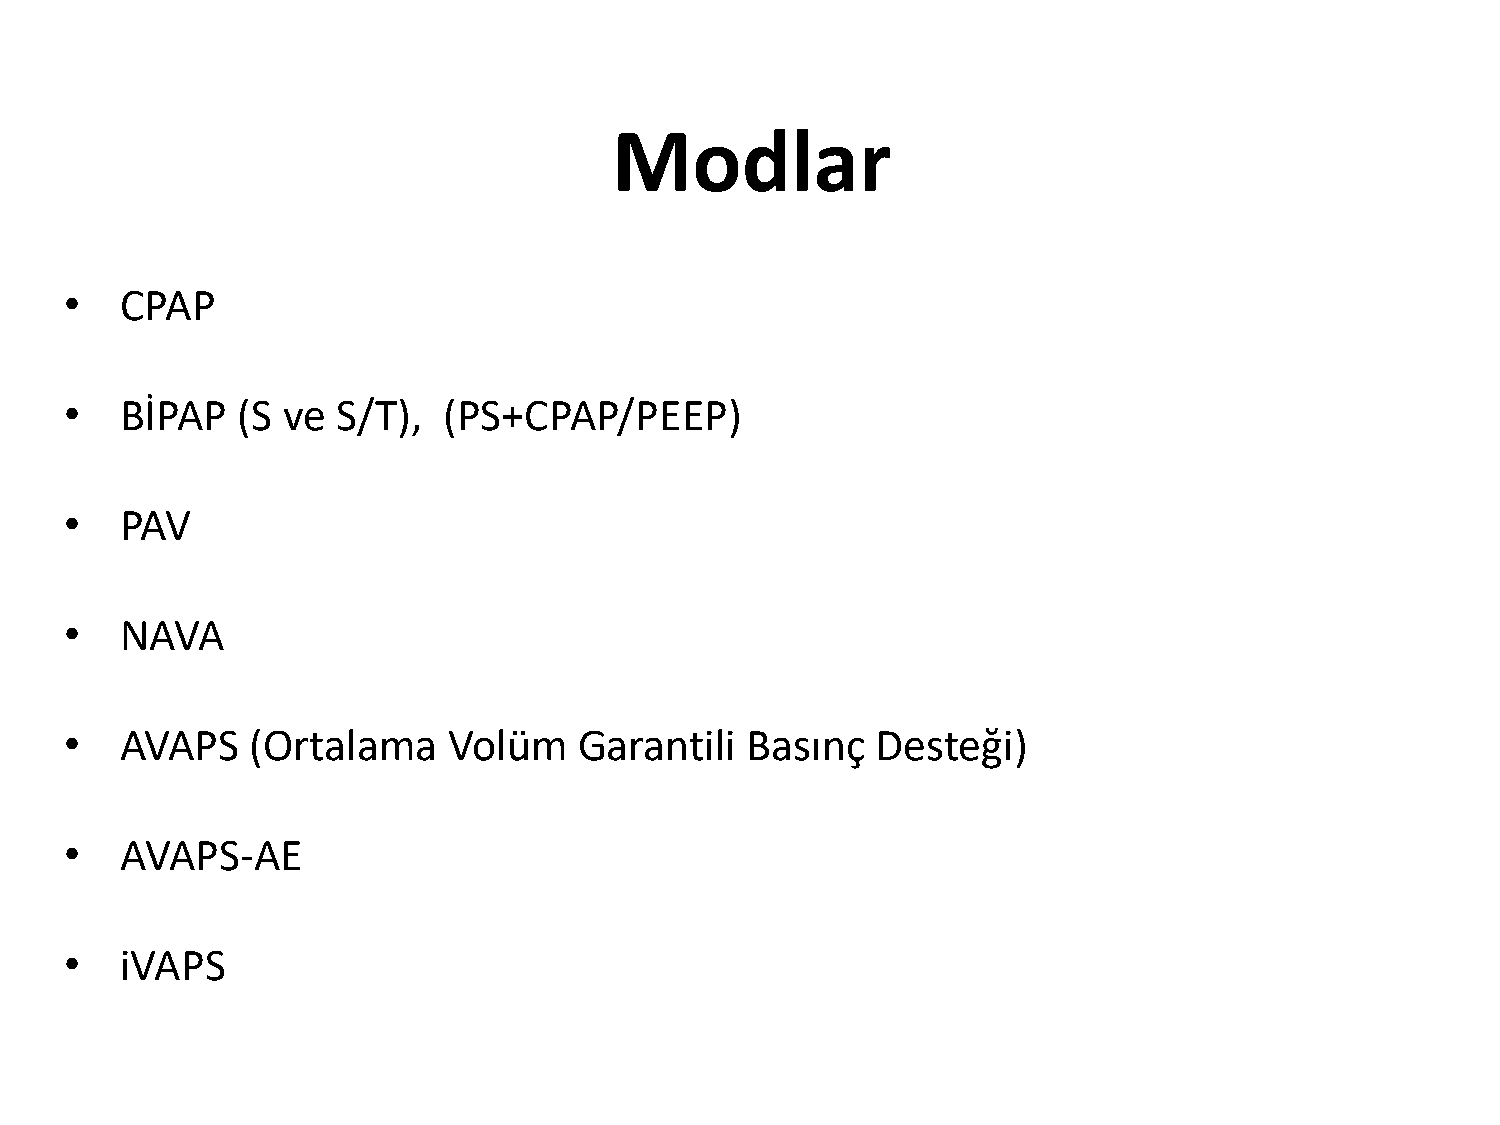
Modlar
 •   CPAP
 •   BİPAP   (S ve S/T),  (PS+CPAP/PEEP)
 •   PAV
 •   NAVA
 •   AVAPS    (Ortalama    Volüm   Garantili  Basınç   Desteği)
 •   AVAPS-AE
 •   iVAPS